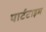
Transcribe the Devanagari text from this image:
पार्टटाइम